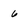
Character: 6